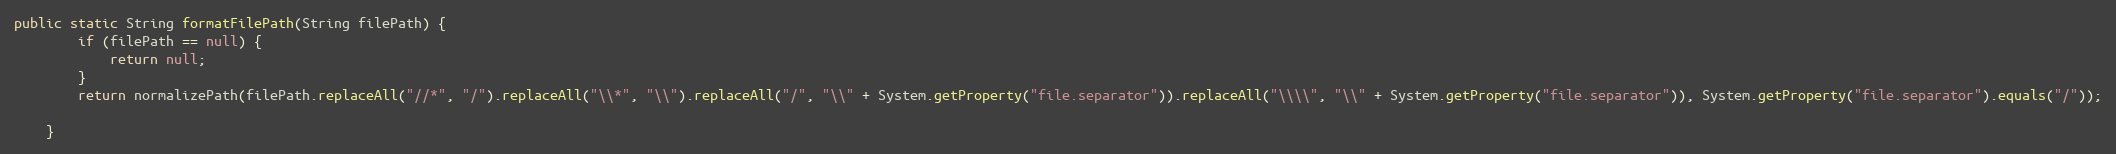
Language: Java
public static String formatFilePath(String filePath) {
        if (filePath == null) {
            return null;
        }
        return normalizePath(filePath.replaceAll("//*", "/").replaceAll("\\*", "\\").replaceAll("/", "\\" + System.getProperty("file.separator")).replaceAll("\\\\", "\\" + System.getProperty("file.separator")), System.getProperty("file.separator").equals("/"));

    }